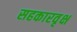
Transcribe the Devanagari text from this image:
सहकारवृक्ष